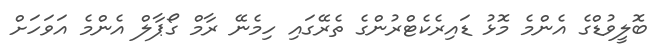
ބޮލީވުޑްގެ އެންމެ މޮޅު ޑައިރެކެޓްރުންގެ ތެރޭގައި ހިމެނޭ ރާމް ގޯޕާލް އެންމެ އަވަހަށް